Bombay plague: being a history of the progress of plague in the Bombay presidency from September 1896 to June 1899
Year: 1896
Disease focus: Plague
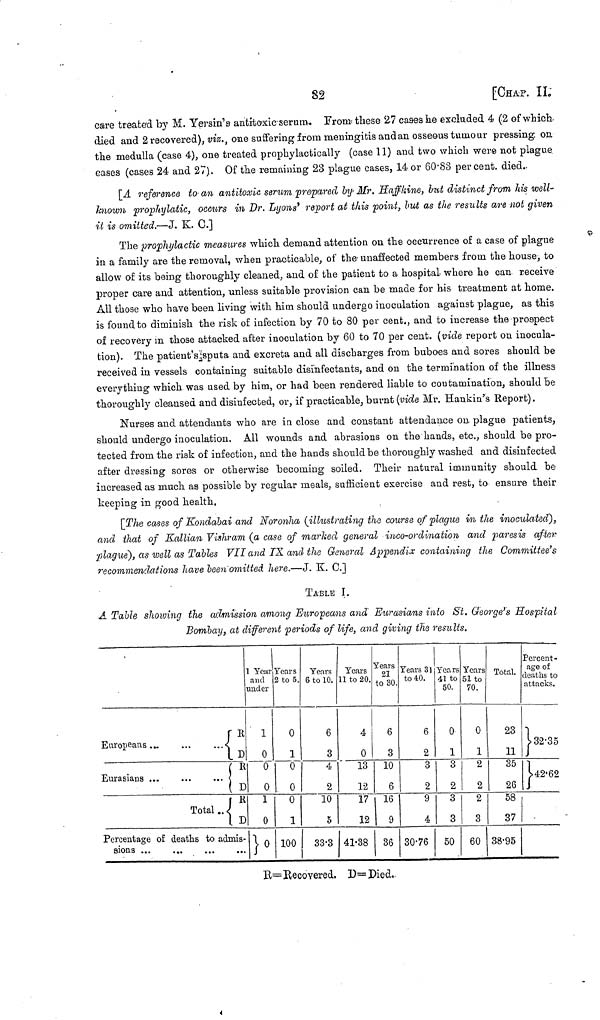
82
[CHAP. IL
care treated by M. Yersin's antitoxiaseruiu. From these 27 cases he excluded 4 (2 of which
died and 2 recovered), viz., one suffering from meningitis and an osseous tumour pressing on
the medulla (case 4), one treated prophylactically (case 11) and two which were not plague
cases (cases 24 and 27). Of the remaining 28 plague cases, 14 or 60.88 per cent. died.
[A reference to an antitoxic serum prepared by Mr. Haffkine, but distinct from his well-
known prophylatic, occurs in Dr. Lyons' report at this point, but as the results are not given
it is omitted.—J. K. C.]
The prophylactic measures which demand attention on the occurrence of a case of plague
in a family are the removal, when practicable, of the unaffected members from the house, to
allow of its being thoroughly cleaned, and of the patient to a hospital where he can receive
proper care and attention, unless suitable provision can be made for his treatment at home.
All those who have been living with him should undergo inoculation against plague, as this
is found to diminish the risk of infection by 70 to 80 per cent., and to increase the prospect
of recovery in those attacked after inoculation by 60 to 70 per cent. (vide report on inocula-
tion). The patient's sputa and excreta and all discharges from buboes and sores should be
received in vessels containing suitable disinfectants, and on the termination of the illness
everything which was used by him, or had been rendered liable to contamination, should be
thoroughly cleansed and disinfected, or, if practicable, burnt (vide Mr. Hankm's Report).
Nurses and attendants who are in close and constant attendance on. plague patients,
should undergo inoculation. All wounds and abrasions on the hands, etc., should be pro-
tected from the risk of infection, and the hands should be thoroughly washed and disinfected
after dressing sores or otherwise becoming soiled. Their natural immunity should be
increased as much as possible by regular meals, sufficient exercise and rest, to ensure their
keeping in good health.
[The cases of Kondabai and Noronha (illustrating the course of plague m the inoculated),
and that of Kallian Vishram (a case of marked general inco-ordination and paresis after
plague), as well as Tables VII and IX and the General Appendix containing the Committee's
recommendations have been omitted here.—J. K. C.]
TABLE I.
A Table showing the admission among Europeans and Eurasians into St. George's Hospital
Bombay, at different periods of life, and giving the results.
Europeans ...
Eurasians ...
...
Total ...
R
U
R D
R
U
Percentage of deaths to admis-
sions ...
1 Year
and
under
1
0
0
0
1
0
}·
Tears
2 to 5.
0
1
0
0
0
1
100
Years
6 to 10.
6
3
4
2
10
5
33 . 3
Years
11 to 20.
4
0
13
12
17
12
41 . 38
Years
21
to 30.
6
3
10
6
16
9
36
Years 31
to 40.
6
2
3
2
9
4
30 . 76
Years
41 to
50.
0
1
3
2
3
3
50
Years
51 to
70.
0
1
2
2
2
3
60
Total.
23
11
35
26
58
37
38 . 95
Percent-
age of
deaths to
attacks.
32 . 35
42 . 62
R= Recovered. D= Died.